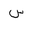
Letter: _sin